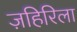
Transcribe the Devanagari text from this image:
ज़हिरिला